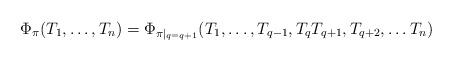
LaTeX: \begin{align*}\Phi_\pi(T_1, \ldots, T_n) = \Phi_{\pi|_{q = q+1}}(T_1, \ldots, T_{q-1}, T_qT_{q+1}, T_{q+2}, \ldots T_n)\end{align*}